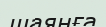
шаянға